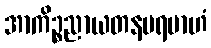
အာကိဉ္စညာယတနပရမာဟံ